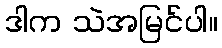
ဒါက သဲအမြင်ပါ။